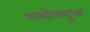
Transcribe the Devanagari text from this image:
भावोपयुक्त